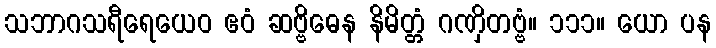
သဘာဂသရီရေယေဝ ဧဝံ ဆဗ္ဗိဓေန နိမိတ္တံ ဂဏှိတဗ္ဗံ။ ၁၁၁။ ယော ပန